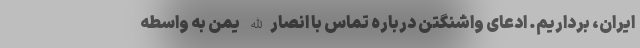
ایران، برداریم. ادعای واشنگتن درباره تماس‌ با انصارالله یمن به واسطه